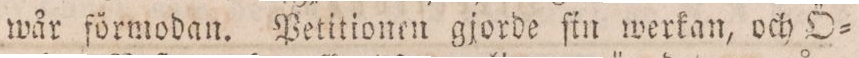
wår förmodan. Petitionen gjorde ſin werkan, och Ö=